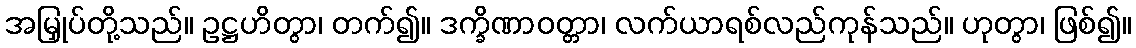
အမြှုပ်တို့သည်။ ဥဋ္ဌဟိတွာ၊ တက်၍။ ဒက္ခိဏာဝတ္တာ၊ လက်ယာရစ်လည်ကုန်သည်။ ဟုတွာ၊ ဖြစ်၍။